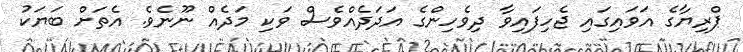
ޕްރިޔާގެ އަވައިގައި ޖެހިފައިވާ ދިވެހިންގެ އަދަދެއްވެސް ވަކި މަދެއް ނޫނެވެ. އެތަށް ބަޔަކު